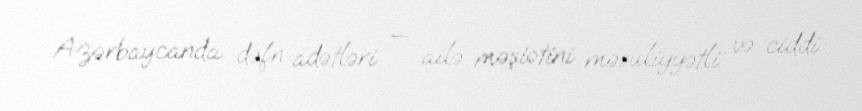
Azərbaycanda dəfn adətləri — ailə məşiətini məsuliyyətli və ciddi